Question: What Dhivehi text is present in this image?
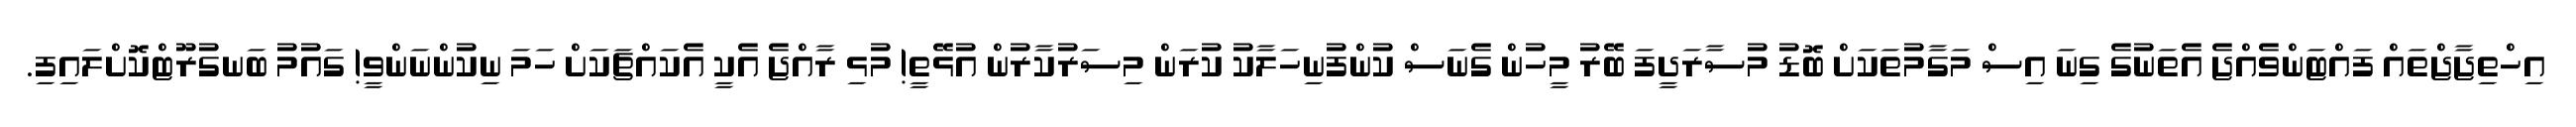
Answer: އިހްތިޖާޖްތައް ފައްޓަންވެއްޖެ އެތަނުގެ ގިނަ އިސް މަގާމުތަކަށް ބޮޑު މުސާރަދީފަ ބޭރު މީހުން ގެނަސް ކުންފުނިހަލާކު ކުރަން މިސަރުކާރުން އުޅޭތީ! މުޅި ރާއްޖެ އެކީ އެކައްޗަކަށް ހަމަ ނިކުންނަންވީ! ގައުމު ބަނގުރޫޓްކޮށްލައިފި.